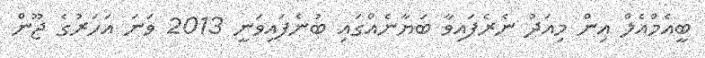
ބީއެމްއެލް އިން މިއަދު ނެރެފައިވާ ބަޔާނެއްގައި ބުނެފައިވަނީ 2013 ވަނަ އަހަރުގެ ޖޫން